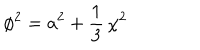
\phi ^ { 2 } = a ^ { 2 } + \frac { 1 } { 3 } \, \chi ^ { 2 }